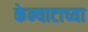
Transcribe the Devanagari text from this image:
केन्याटाच्या